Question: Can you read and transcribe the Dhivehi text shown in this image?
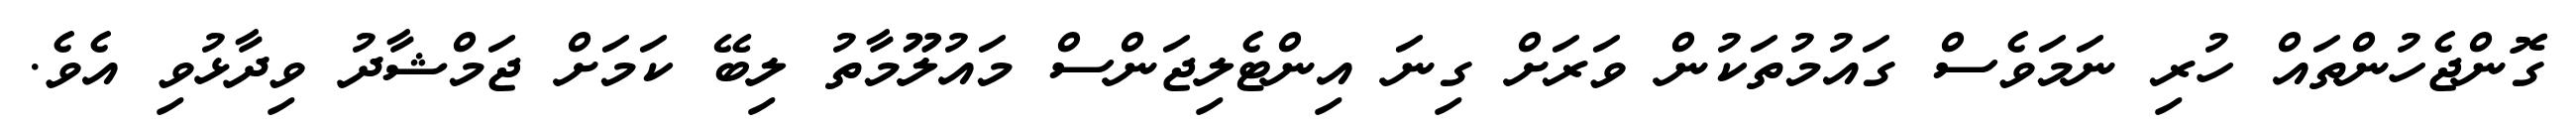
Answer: ގޮންޖެހުންތައް ހުރި ނަމަވެސް ގައުމުތަކުން ވަރަށް ގިނަ އިންޓެލިޖަންސް މައުލޫމާތު ލިބޭ ކަމަށް ޖަމްޝާދު ވިދާޅުވި އެވެ.